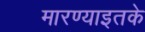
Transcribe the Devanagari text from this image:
मारण्याइतके